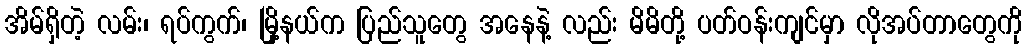
အိမ်ရှိတဲ့ လမ်း၊ ရပ်ကွက်၊ မြို့နယ်က ပြည်သူတွေ အနေနဲ့ လည်း မိမိတို့ ပတ်ဝန်းကျင်မှာ လိုအပ်တာတွေကို